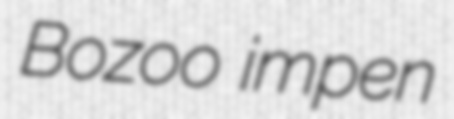
Bozoo impen